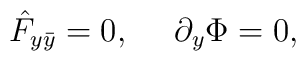
\hat F_{y\bar y}=0,~~~~\partial_y\Phi=0,